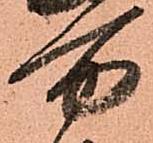
万